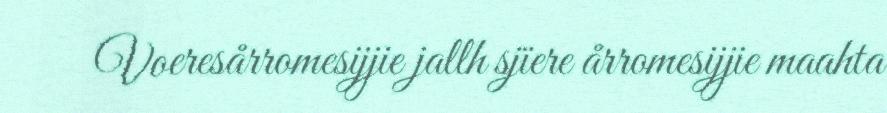
Voeresårromesijjie jallh sjïere årromesijjie maahta